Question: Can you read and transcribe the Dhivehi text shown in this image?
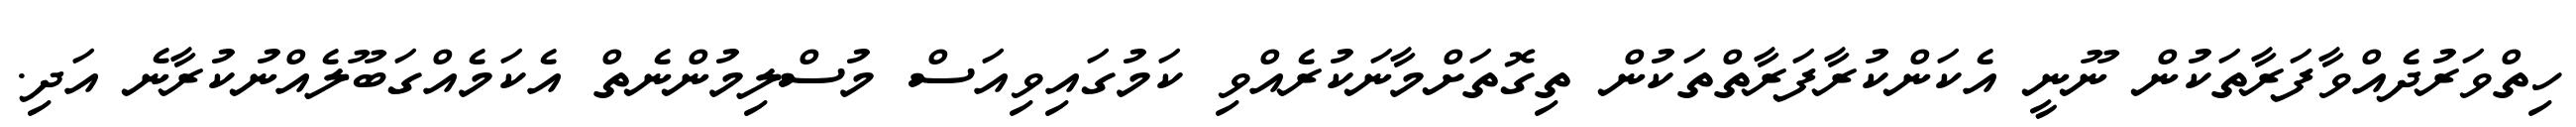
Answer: ހިތްވަރުދެއްވާފަރާތަކުން ނޫނީ އެކަންކުރާފަރާތްތަކުން ތިގޮތަށްމާނަކުރެއްވި ކަމުގައިވިއަސް މުސްލިމުންނެތް އެކަމެއްގަބޫލެއްނުކުރާނެ އަދި.